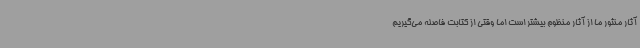
آثار منثور ما از آثار منظوم بیشتر است اما وقتی از کتابت فاصله می‌گیریم